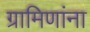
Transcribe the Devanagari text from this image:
ग्रामिणांना